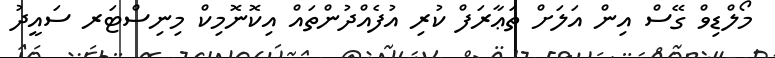
މޯލްޑިވް ގޭސް އިން އަލަށް ތަޢާރަފް ކުރި އުފެެއްދުންތައް އިކޮނޮމިކް މިނިސްޓަރ ސައީދު